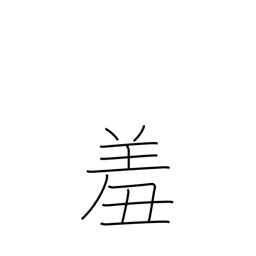
Meaning: feel ashamed